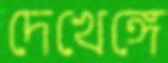
দেখেঙ্গে